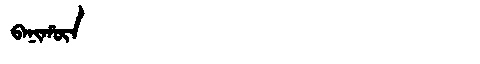
Manchu: ᠪᠠᠨᡳᡥᡡᠨ
Romanization: BANIHŪN